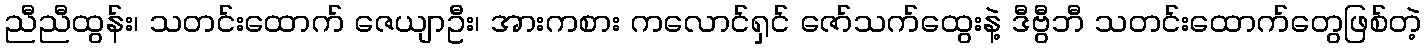
ညီညီထွန်း၊ သတင်းထောက် ဇေယျာဦး၊ အားကစား ကလောင်ရှင် ဇော်သက်ထွေးနဲ့ ဒီဗွီဘီ သတင်းထောက်တွေဖြစ်တဲ့